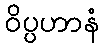
ဝိပ္ပဟာနံ